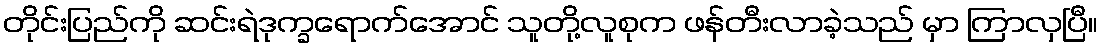
တိုင်းပြည်ကို ဆင်းရဲဒုက္ခရောက်အောင် သူတို့လူစုက ဖန်တီးလာခဲ့သည် မှာ ကြာလှပြီ။